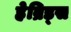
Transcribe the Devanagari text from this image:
हेब्रिड्स